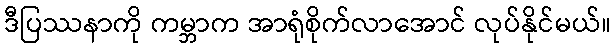
ဒီပြဿနာကို ကမ္ဘာက အာရုံစိုက်လာအောင် လုပ်နိုင်မယ်။